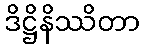
ဒိဋ္ဌိနိဿိတာ